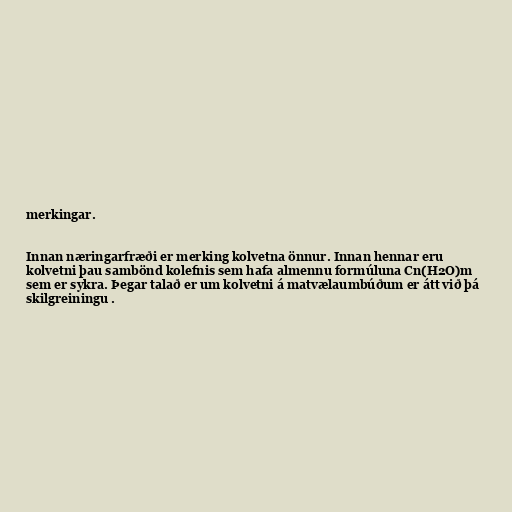
merkingar.

Innan næringarfræði er merking kolvetna önnur. Innan hennar eru
kolvetni þau sambönd kolefnis sem hafa almennu formúluna Cn(H2O)m
sem er sykra. Þegar talað er um kolvetni á matvælaumbúðum er átt við þá
skilgreiningu .